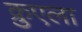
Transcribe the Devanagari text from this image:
क्रुएला